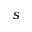
s ^ { \th }